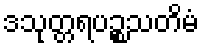
ဒသုတ္တရပဉ္စသတိမံ